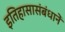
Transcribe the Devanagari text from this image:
इतिहासासंबंधानें